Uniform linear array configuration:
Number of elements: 8
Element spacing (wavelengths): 0.25
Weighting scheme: uniform
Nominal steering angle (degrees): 60
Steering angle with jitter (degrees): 59.834
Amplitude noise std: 0.05
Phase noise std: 0.05

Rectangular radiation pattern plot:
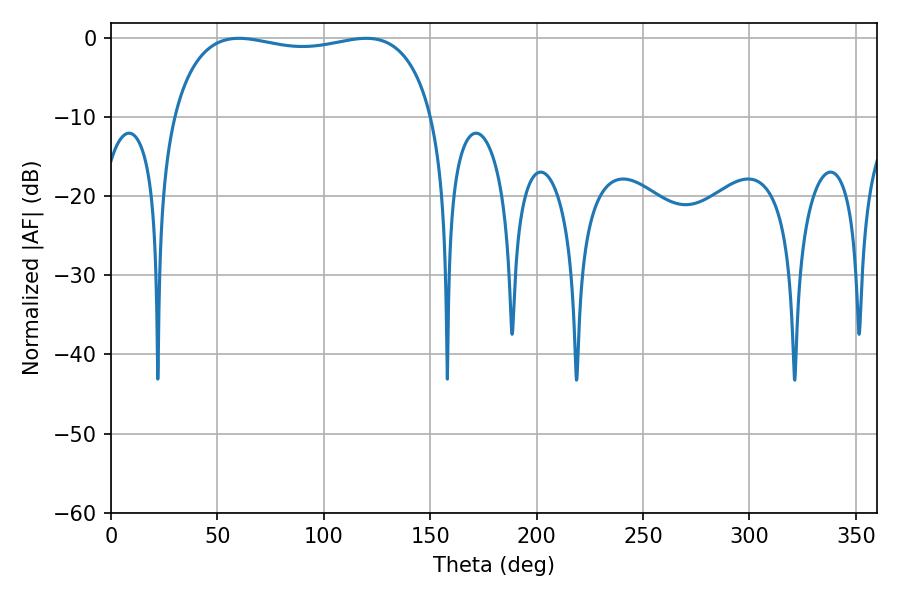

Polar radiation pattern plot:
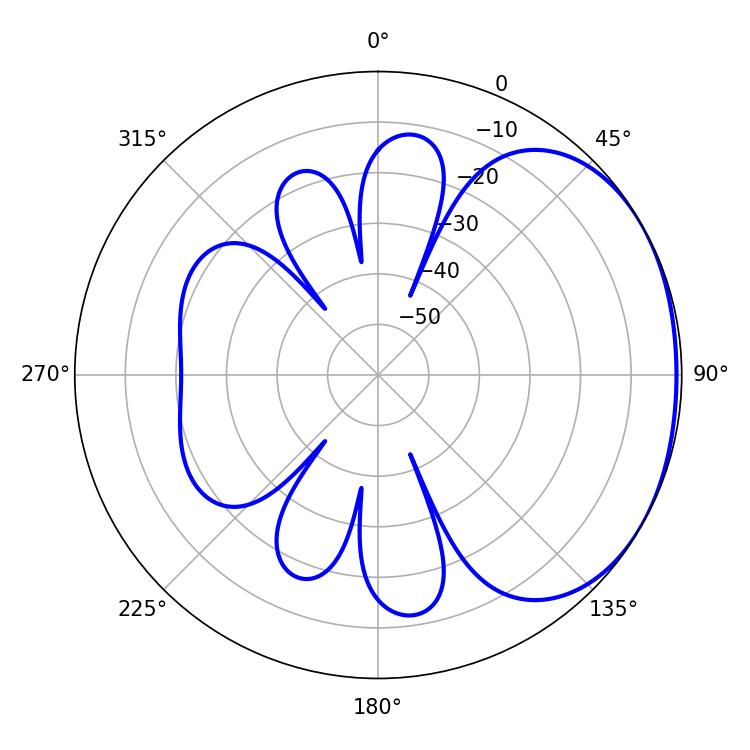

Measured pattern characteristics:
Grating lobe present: FALSE
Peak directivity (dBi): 1.626
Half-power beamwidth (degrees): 99.36
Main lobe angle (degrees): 60.12